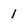
Character: 1